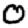
Digit: 0